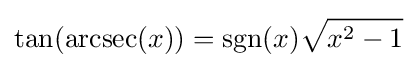
\tan(\operatorname {arcsec} (x))=\operatorname {sgn} (x){\sqrt {x^{2}-1}}